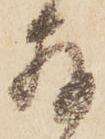
存